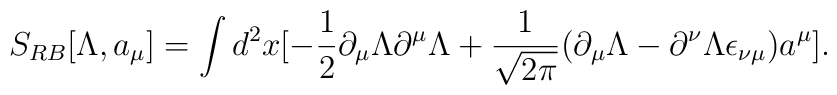
S_{RB}[\Lambda,a_{\mu}]=\int d^{2}x [-\frac{1}{2} \partial_{\mu}\Lambda\partial^{\mu}\Lambda+\frac{1}{ \sqrt{2 \pi}}(\partial_{\mu}\Lambda -\partial^{\nu}\Lambda \epsilon_{\nu \mu})a^{\mu}].